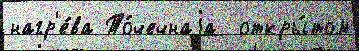
нагр'е́ва То́чечнаjа  откры́том